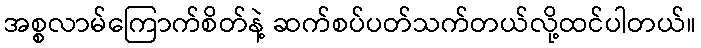
အစ္စလာမ်ကြောက်စိတ်နဲ့ ဆက်စပ်ပတ်သက်တယ်လို့ထင်ပါတယ်။